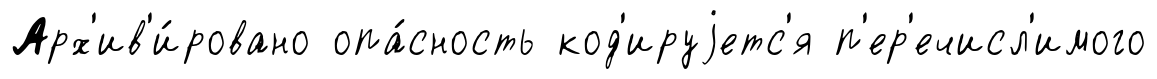
Арх'ив'и́ровано опа́сность код'ируjетс'я п'ер'ечисл'имого